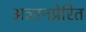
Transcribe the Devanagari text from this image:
अज्ञानप्रेरित